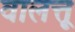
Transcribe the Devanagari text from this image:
वालत्तू